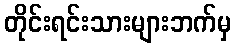
တိုင်းရင်းသားများဘက်မှ